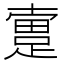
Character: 𨂬